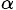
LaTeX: _{\alpha}